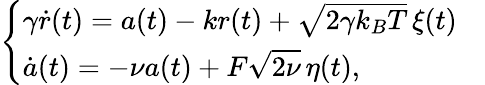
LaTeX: \left\{ \begin{array}{ll}{\gamma\dot{r}(t)=a(t)-kr(t)+\sqrt{2\gamma k_{B}T}\, \xi(t)}&{}\\ {\dot{a}(t)=-\nu a(t)+F\sqrt{2\nu}\, \eta(t),}\end{array}\right.